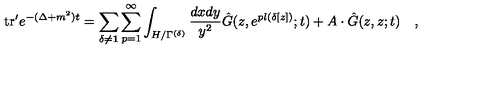
\mathrm { t r } ^ { \prime } e ^ { - ( \Delta + m ^ { 2 } ) t } = \sum _ { \delta \neq { \bf 1 } } \sum _ { p = 1 } ^ { \infty } \int _ { H / \Gamma ^ { ( \delta ) } } { \frac { d x d y } { y ^ { 2 } } } { \hat { G } } ( z , e ^ { p l ( \delta [ z ] ) } ; t ) + A \cdot { \hat { G } } ( z , z ; t ) \quad ,